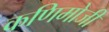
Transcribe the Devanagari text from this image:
कणिमोजी